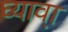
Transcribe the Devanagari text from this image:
घ्यावा़